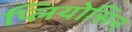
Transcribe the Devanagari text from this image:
प्लियोसिन